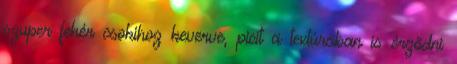
szuper fehér csokihoz keverve, picit a textúrában is érződni